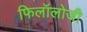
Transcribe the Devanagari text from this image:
फिलॉलोजी